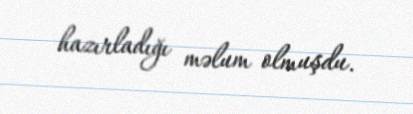
hazırladığı məlum olmuşdu.